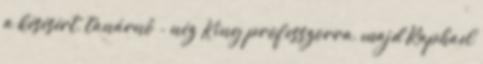
a késésért, tanárnő - néz King professzorra, majd Raphael